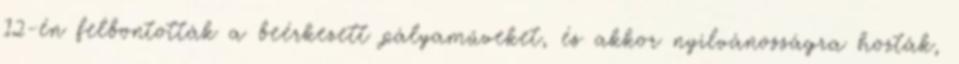
12-én felbontották a beérkezett pályaműveket, és akkor nyilvánosságra hozták,